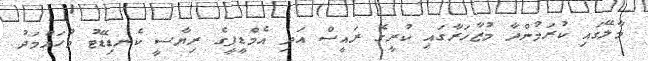
މާލޭގައި ކުރަމުންދާ މުޒާހަރާގައި ކުރީގެ ރައީސް އަދި އެމްޑީޕީގެ ރިޔާސީ ކެނޑިޑޭޓު މުހައްމަދު